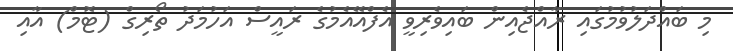
މި ބައްދަލުވުމުގައި ރާއްޖެއިން ބައިވެރިވީ އެފްއޭއެމުގެ ރައީސް އަހުމަދު ތޯރިގް (ޓޮމް) އާއި